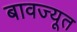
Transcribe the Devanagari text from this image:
बावज्यूत